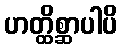
ဟတ္ထိစ္ဆာပါပိ